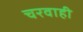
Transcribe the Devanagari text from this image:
चरवाही